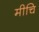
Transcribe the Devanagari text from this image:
मीचि